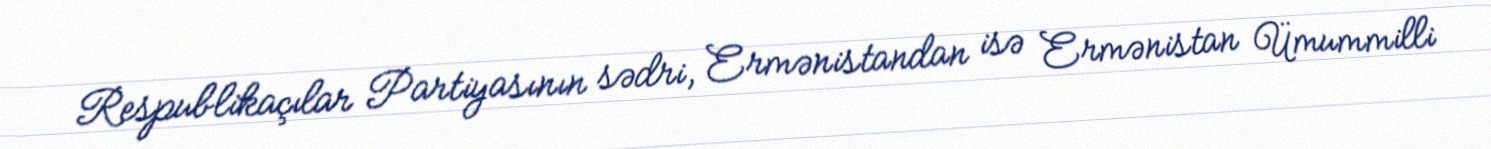
Respublikaçılar Partiyasının sədri, Ermənistandan isə Ermənistan Ümummilli